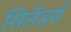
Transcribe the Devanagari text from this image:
सिलेंडर्स